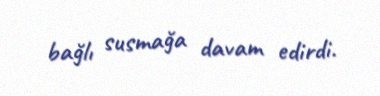
bağlı susmağa davam edirdi.